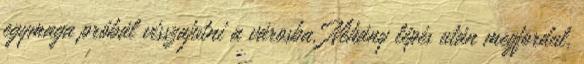
egymaga próbál visszajutni a városba. Néhány lépés után megfordul,